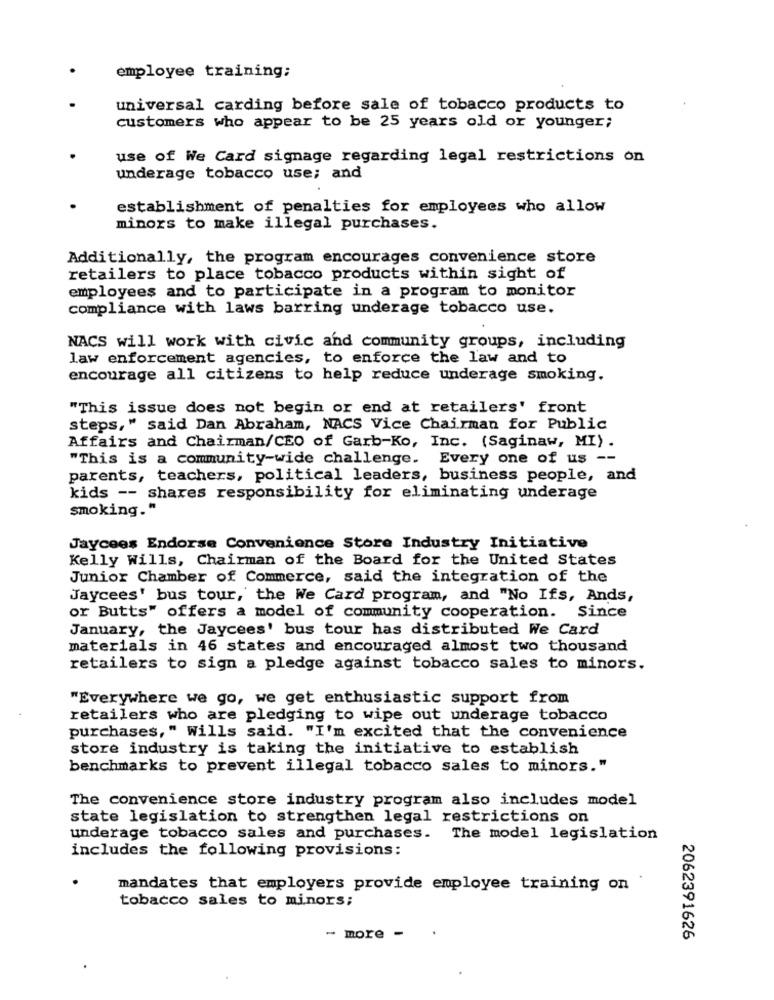
employee training;
universal carding before sale of tobacco products to
customers who appear to be 25 years old or younger;
use of We Card signage regarding legal restrictions on
underage tobacco use; and
establishment of penalties for employees who allow
minors to make illegal purchases.
Additionally, the program encourages convenience store
retailers to place tobacco products within sight of
employees and to participate in a program to monitor
compliance with laws barring underage tobacco use.
NACS will work with civic and community groups, including
law enforcement agencies, to enforce the law and to
encourage all citizens to help reduce underage smoking.
"This issue does not begin or end at retailers' front
steps," said Dan Abraham, NACS Vice Chairman for Public
Affairs and Chairman/CEO of Garb-Ko, Inc. (Saginaw, MI).
"This is a community-wide challenge. Every one of us --
parents, teachers, political leaders, business people, and
kids -- shares responsibility for eliminating underage
smoking."
Jaycees Endorse Convenience Store Industry Initiative
Kelly Wills, Chairman of the Board for the United States
Junior Chamber of Commerce, said the integration of the
Jaycees' bus tour, the We Card program, and "No Ifs, Ands,
or Butts" offers a model of community cooperation. Since
January, the Jaycees' bus tour has distributed We Card
materials in 46 states and encouraged almost two thousand
retailers to sign a pledge against tobacco sales to minors.
"Everywhere we go, we get enthusiastic support from
retailers who are pledging to wipe out underage tobacco
purchases," Wills said. "I'm excited that the convenience
store industry is taking the initiative to establish
benchmarks to prevent illegal tobacco sales to minors."
The convenience store industry program also includes model
state legislation to strengthen legal restrictions on
underage tobacco sales and purchases. The model legislation
includes the following provisions:
mandates that employers provide employee training on
tobacco sales to minors;
.
- more -
2062391626